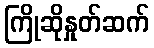
ကြိုဆိုနှုတ်ဆက်